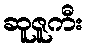
ဆူဇူကီး